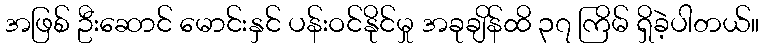
အဖြစ် ဦးဆောင် မောင်းနှင် ပန်းဝင်နိုင်မှု အခုချိန်ထိ ၃၇ ကြိမ် ရှိခဲ့ပါတယ်။